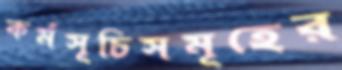
কর্মসূচিসমূহের